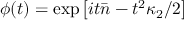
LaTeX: \phi ( t ) = \exp \left[ i t { \bar { n } } - t ^ { 2 } \kappa _ { 2 } / 2 \right]